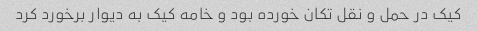
کیک در حمل و نقل تکان خورده بود و خامه کیک به دیوار برخورد کرد